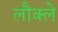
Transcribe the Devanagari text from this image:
लौक्ले